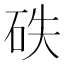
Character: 𥑇